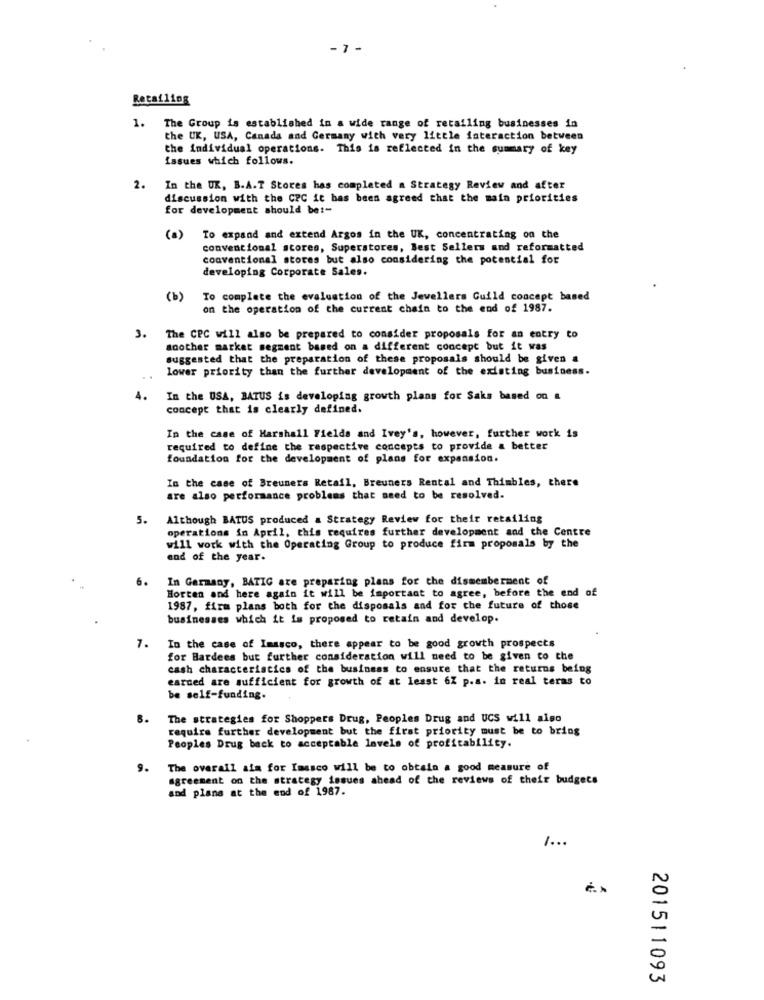
-7 -
Retailing
1.
The Group is established in a wide range of retailing businesses in
the UK, USA, Canada and Germany with very little interaction between
the individual operations. This is reflected in the summary of key
issues which follows.
2.
In the UK, B.A.T Stores has completed a Strategy Review and after
discussion with the CPC it bas been agreed that the main priorities
for development should be !-
(0)
To expand and extend Argos in the UK, concentrating on the
convencional stores, Superstores, Best Sellers and reformatted
conventional stores but also considering the potential for
developing Corporate Sales.
(b)
To complete the evaluation of the Jewellers Guild concept based
on the operation of the current chain to the end of 1987.
The CPC will also be prepared to consider proposals for an entry to
another market segment based on a different concept but it was
suggested that the preparation of these proposals should be given a
lower priority than the further development of the existing business.
4.
In the USA, BATUS is developing growth plans for Saks based on &
concept that is clearly defined.
In the case of Harshall Fields and Ivey's, however, further work is
required to define the respective concepts to provide a better
foundation for the development of plans for expansion.
In the case of Breuners Retail, Breuners Rental and Thimbles, there
are also performance problems that need to be resolved.
5.
Although BATUS produced a Strategy Review for their retailing
operations in April, this requires further development and the Centre
will work with the Operating Group to produce firm proposals by the
end of the year.
6.
In Germany, BATIG are preparing plans for the dismemberment of
Horten and here again it will be important to agree, before the end of
1987, firm plans both for the disposals and for the future of those
businesses which it is proposed to retain and develop.
7.
In the case of Imasco, there appear to be good growth prospects
for Bardees but further consideration will need to be given to che
cash characteristics of the business to ensure that the returns being
earned are sufficient for growth of at least 6Z p.a. in real teras to
be self-funding.
8.
The strategies for Shoppers Drug, Peoples Drug and UCS will also
require further development but the first priority must be to bring
Peoples Drug back to acceptable levels of profitability.
9.
The overall ata for Imasco will be to obtain a good measure of
agreement on the strategy issues ahead of the reviews of their budgets
and plans at the end of 1987.
201511093